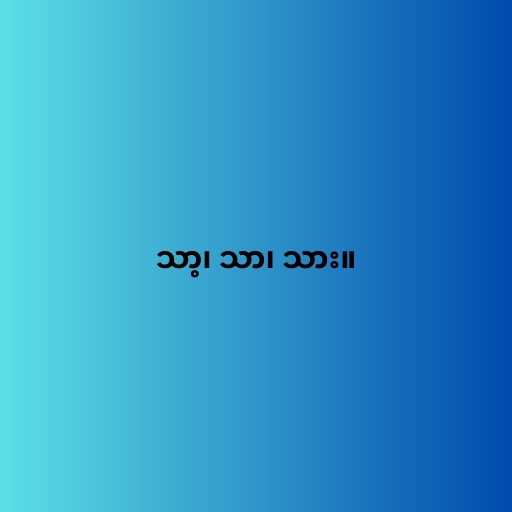
သာ့၊ သာ၊ သား။